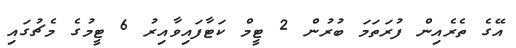
އޭގެ ތެރެއިން ފުރަތަމަ ބުރުން 2 ޓީމް ކަޓާފައިވާއިރު 6 ޓީމުގެ މެޗުގައި